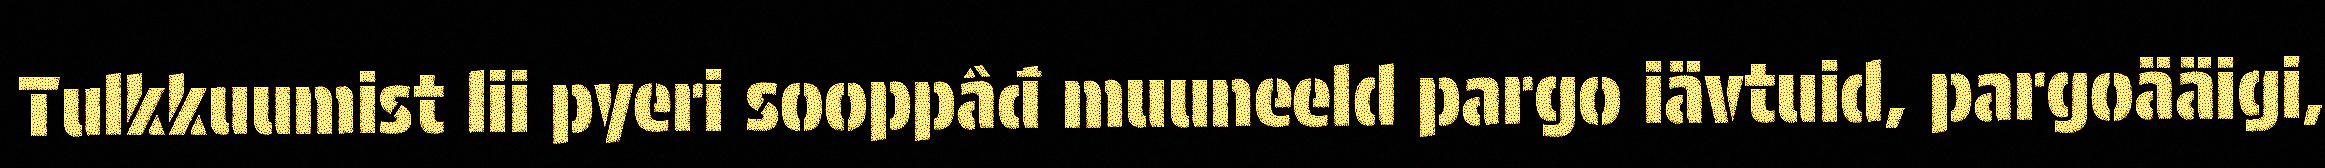
Tulkkuumist lii pyeri sooppâđ muuneeld pargo iävtuid, pargoääigi,